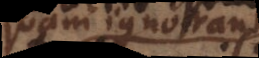
quam ignorant